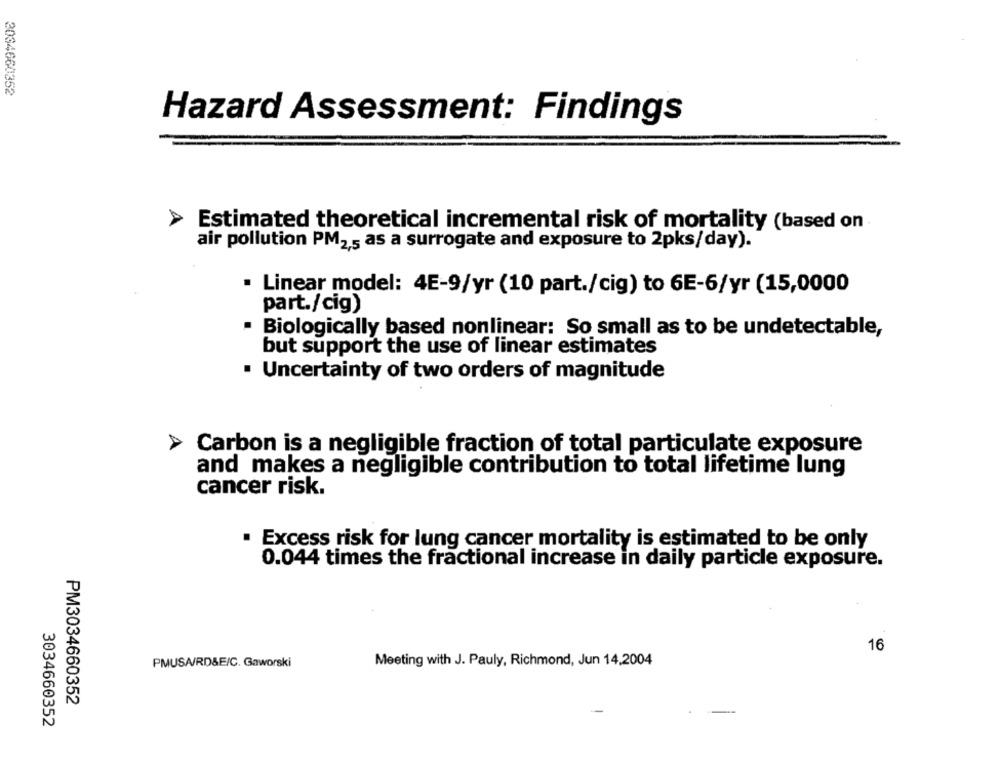
3034660352
Hazard Assessment: Findings
Estimated theoretical incremental risk of mortality (based on
air pollution PM2,5 as a surrogate and exposure to 2pks/day).
Linear model: 4E-9/yr (10 part./cig) to 6E-6/yr (15,0000
part./cig)
Biologically based nonlinear: So small as to be undetectable,
but support the use of linear estimates
· Uncertainty of two orders of magnitude
Carbon is a negligible fraction of total particulate exposure
and makes a negligible contribution to total lifetime lung
cancer risk.
. Excess risk for lung cancer mortality is estimated to be only
0.044 times the fractional increase in daily particle exposure.
16
PMUSA/RD&E/C. Gaworski
Meeting with J. Pauly, Richmond, Jun 14,2004
PM3034660352
3034660352